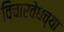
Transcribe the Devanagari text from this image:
विचारवेधच्या